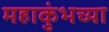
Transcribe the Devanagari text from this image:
महाकुंभच्या